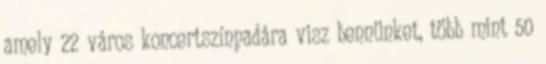
amely 22 város koncertszínpadára visz bennünket, több mint 50